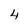
Character: 4